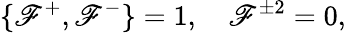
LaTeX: \{ \mathscr{F}^{+},\mathscr{F}^{-}\} =1,\quad\mathscr{F}^{\pm2}=0,